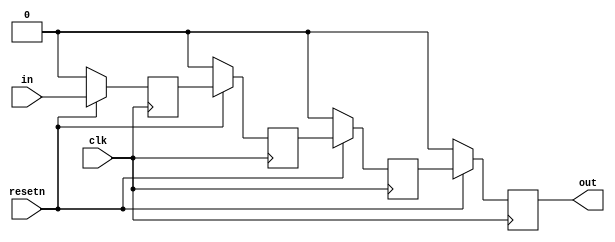
module top_module (
    input clk,
    input resetn,   // synchronous reset
    input in,
    output out);
    reg q1,q2,q3,q4;
    always @(posedge clk)begin
        if(~resetn) begin
            q1 <= 1'b0;
            q2 <= 1'b0;
            q3 <= 1'b0;
            q4 <= 1'b0;
        end
        else begin
            q1 <= in;
            q2 <= q1;
            q3 <= q2;
            q4 <= q3;
        end  
    end 
    assign out =q4;
endmodule

/*

module top_module (
    input clk,
    input resetn,   // synchronous reset
    input in,
    output out);
    reg [3:0] q;
    always @(posedge clk)begin
        if(~resetn) q <= 4'b0;
        else begin
            q <= {in,q[3],q[2],q[1]};
        end
        
    end
    assign out =q[0];
endmodule

*/

/*

	reg [3:0] sr;
	
	// Create a shift register named sr. It shifts in "in".
	always @(posedge clk) begin
		if (~resetn)		// Synchronous active-low reset
			sr <= 0;
		else 
			sr <= {sr[2:0], in};
	end
	
	assign out = sr[3];		// Output the final bit (sr[3])

*/